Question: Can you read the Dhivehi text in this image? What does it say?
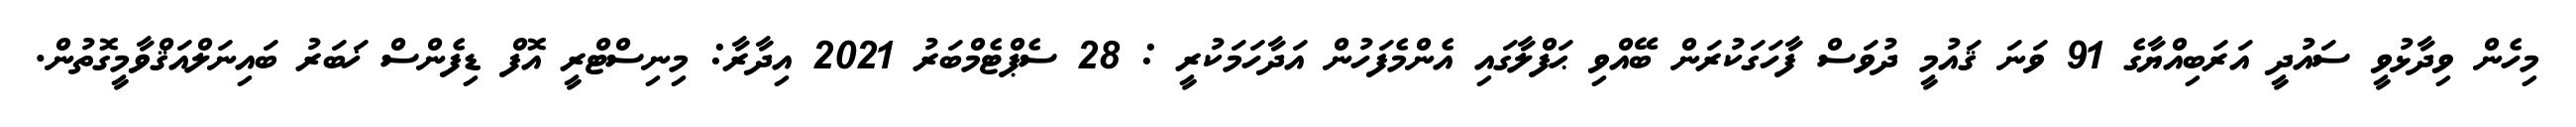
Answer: މިހެން ވިދާޅުވީ ސައުދީ އަރަބިއްޔާގެ 91 ވަނަ ޤައުމީ ދުވަސް ފާހަގަކުރަން ބޭއްވި ޙަފްލާގައި އެންމެފަހުން އަދާހަމަކުރީ : 28 ސެޕްޓެމްބަރު 2021 އިދާރާ: މިނިސްޓްރީ އޮފް ޑިފެންސް ޚަބަރު ބައިނަލްއަޤްވާމީގޮތުން.